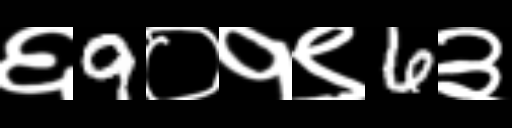
Text: ६9०१९6३